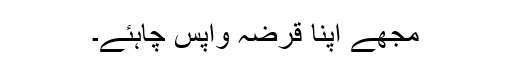
مجھے اپنا قرضہ واپس چاہئے۔